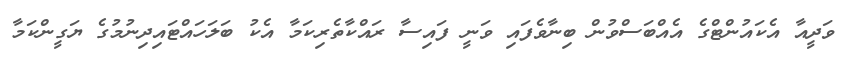
ވަދީއާ އެކައުންޓްގެ އެއްބަސްވުން ބިނާވެފައި ވަނީ ފައިސާ ރައްކާތެރިކަމާ އެކު ބަލަހައްޓައިދިނުމުގެ ޔަގީންކަމާ